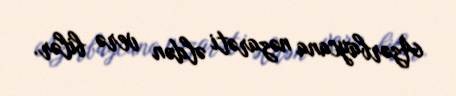
Azərbaycana nəzarəti əldən verə bilər.